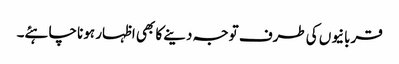
قربانیوں کی طرف توجہ دینے کا بھی اظہار ہونا چاہئے۔